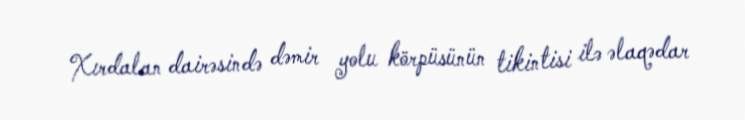
Xırdalan dairəsində dəmir yolu körpüsünün tikintisi ilə əlaqədar